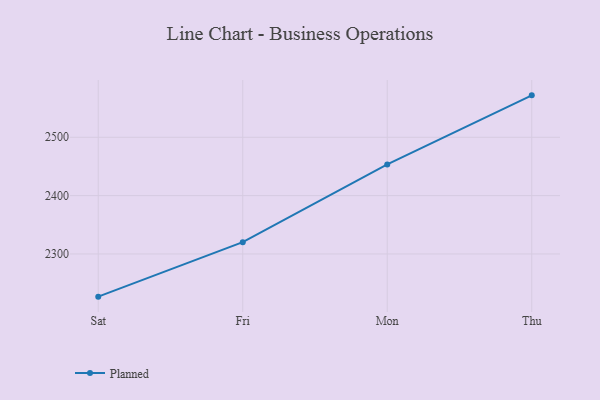
{"axis": {"x": "Day", "y": "Active Users"}, "legend": ["Planned"], "data": [{"x": "Sat", "y": 2226.8, "type": "Planned"}, {"x": "Fri", "y": 2320.2, "type": "Planned"}, {"x": "Mon", "y": 2453.5, "type": "Planned"}, {"x": "Thu", "y": 2571.9, "type": "Planned"}]}